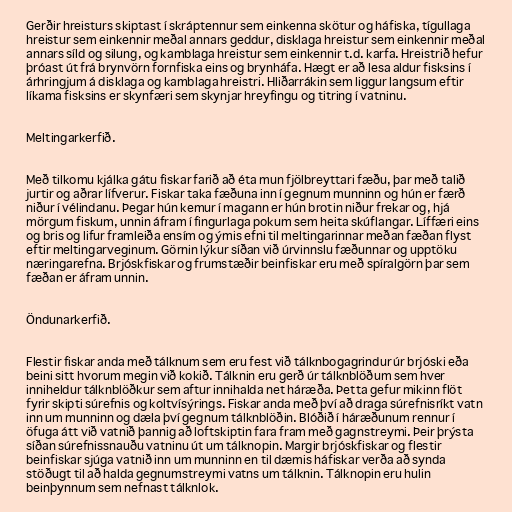
Gerðir hreisturs skiptast í skráptennur sem einkenna skötur og háfiska, tígullaga
hreistur sem einkennir meðal annars geddur, disklaga hreistur sem einkennir meðal
annars síld og silung, og kamblaga hreistur sem einkennir t.d. karfa. Hreistrið hefur
þróast út frá brynvörn fornfiska eins og brynháfa. Hægt er að lesa aldur fisksins í
árhringjum á disklaga og kamblaga hreistri. Hliðarrákin sem liggur langsum eftir
líkama fisksins er skynfæri sem skynjar hreyfingu og titring í vatninu.

Meltingarkerfið.

Með tilkomu kjálka gátu fiskar farið að éta mun fjölbreyttari fæðu, þar með talið
jurtir og aðrar lífverur. Fiskar taka fæðuna inn í gegnum munninn og hún er færð
niður í vélindanu. Þegar hún kemur í magann er hún brotin niður frekar og, hjá
mörgum fiskum, unnin áfram í fingurlaga pokum sem heita skúflangar. Líffæri eins
og bris og lifur framleiða ensím og ýmis efni til meltingarinnar meðan fæðan flyst
eftir meltingarveginum. Görnin lýkur síðan við úrvinnslu fæðunnar og upptöku
næringarefna. Brjóskfiskar og frumstæðir beinfiskar eru með spíralgörn þar sem
fæðan er áfram unnin.

Öndunarkerfið.

Flestir fiskar anda með tálknum sem eru fest við tálknbogagrindur úr brjóski eða
beini sitt hvorum megin við kokið. Tálknin eru gerð úr tálknblöðum sem hver
inniheldur tálknblöðkur sem aftur innihalda net háræða. Þetta gefur mikinn flöt
fyrir skipti súrefnis og koltvísýrings. Fiskar anda með því að draga súrefnisríkt vatn
inn um munninn og dæla því gegnum tálknblöðin. Blóðið í háræðunum rennur í
öfuga átt við vatnið þannig að loftskiptin fara fram með gagnstreymi. Þeir þrýsta
síðan súrefnissnauðu vatninu út um tálknopin. Margir brjóskfiskar og flestir
beinfiskar sjúga vatnið inn um munninn en til dæmis háfiskar verða að synda
stöðugt til að halda gegnumstreymi vatns um tálknin. Tálknopin eru hulin
beinþynnum sem nefnast tálknlok.